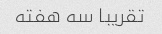
تقریبا سه هفته